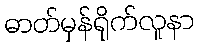
ဓာတ်မှန်ရိုက်လူနာ